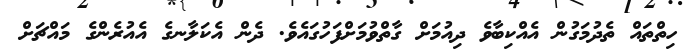
ހިތްތައް ތެދުމަގުން އެއްކިބާވެ ދިއުމަށް ގާތްވުމަށްފަހުގައެވެ. ދެން އެކަލާނގެ އެއުރެންގެ މައްޗަށް